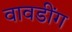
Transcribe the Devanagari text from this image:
वावडींग